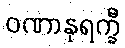
ဝဏာနုရက္ခီ